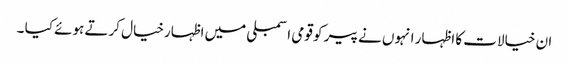
ان خیالات کا اظہار انہوں نے پیر کو قومی اسمبلی میں اظہارخیال کرتے ہوئے کیا ۔